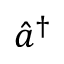
\hat { a } ^ { \dagger }